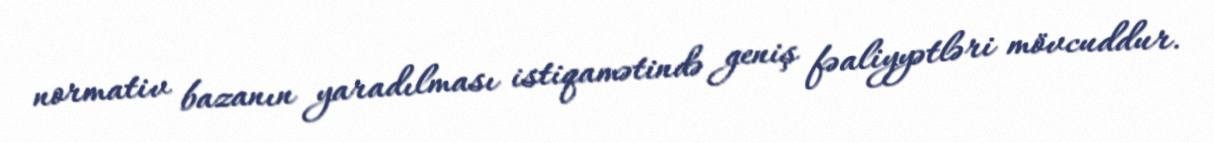
normativ bazanın yaradılması istiqamətində geniş fəaliyyətləri mövcuddur.